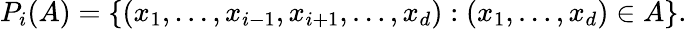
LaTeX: P_{i}(A)=\{ (x_{1},\ldots,x_{i-1},x_{i+1},\ldots,x_{d}):(x_{1},\ldots,x_{d})\in A\} .